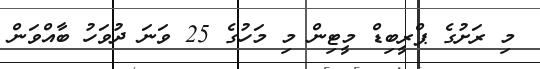
މި ރަށުގެ ޕްރީބިޑް މީޓިން މި މަހުގެ 25 ވަނަ ދުވަހު ބާއްވަން